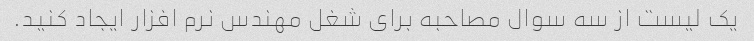
یک لیست از سه سوال مصاحبه برای شغل مهندس نرم افزار ایجاد کنید.